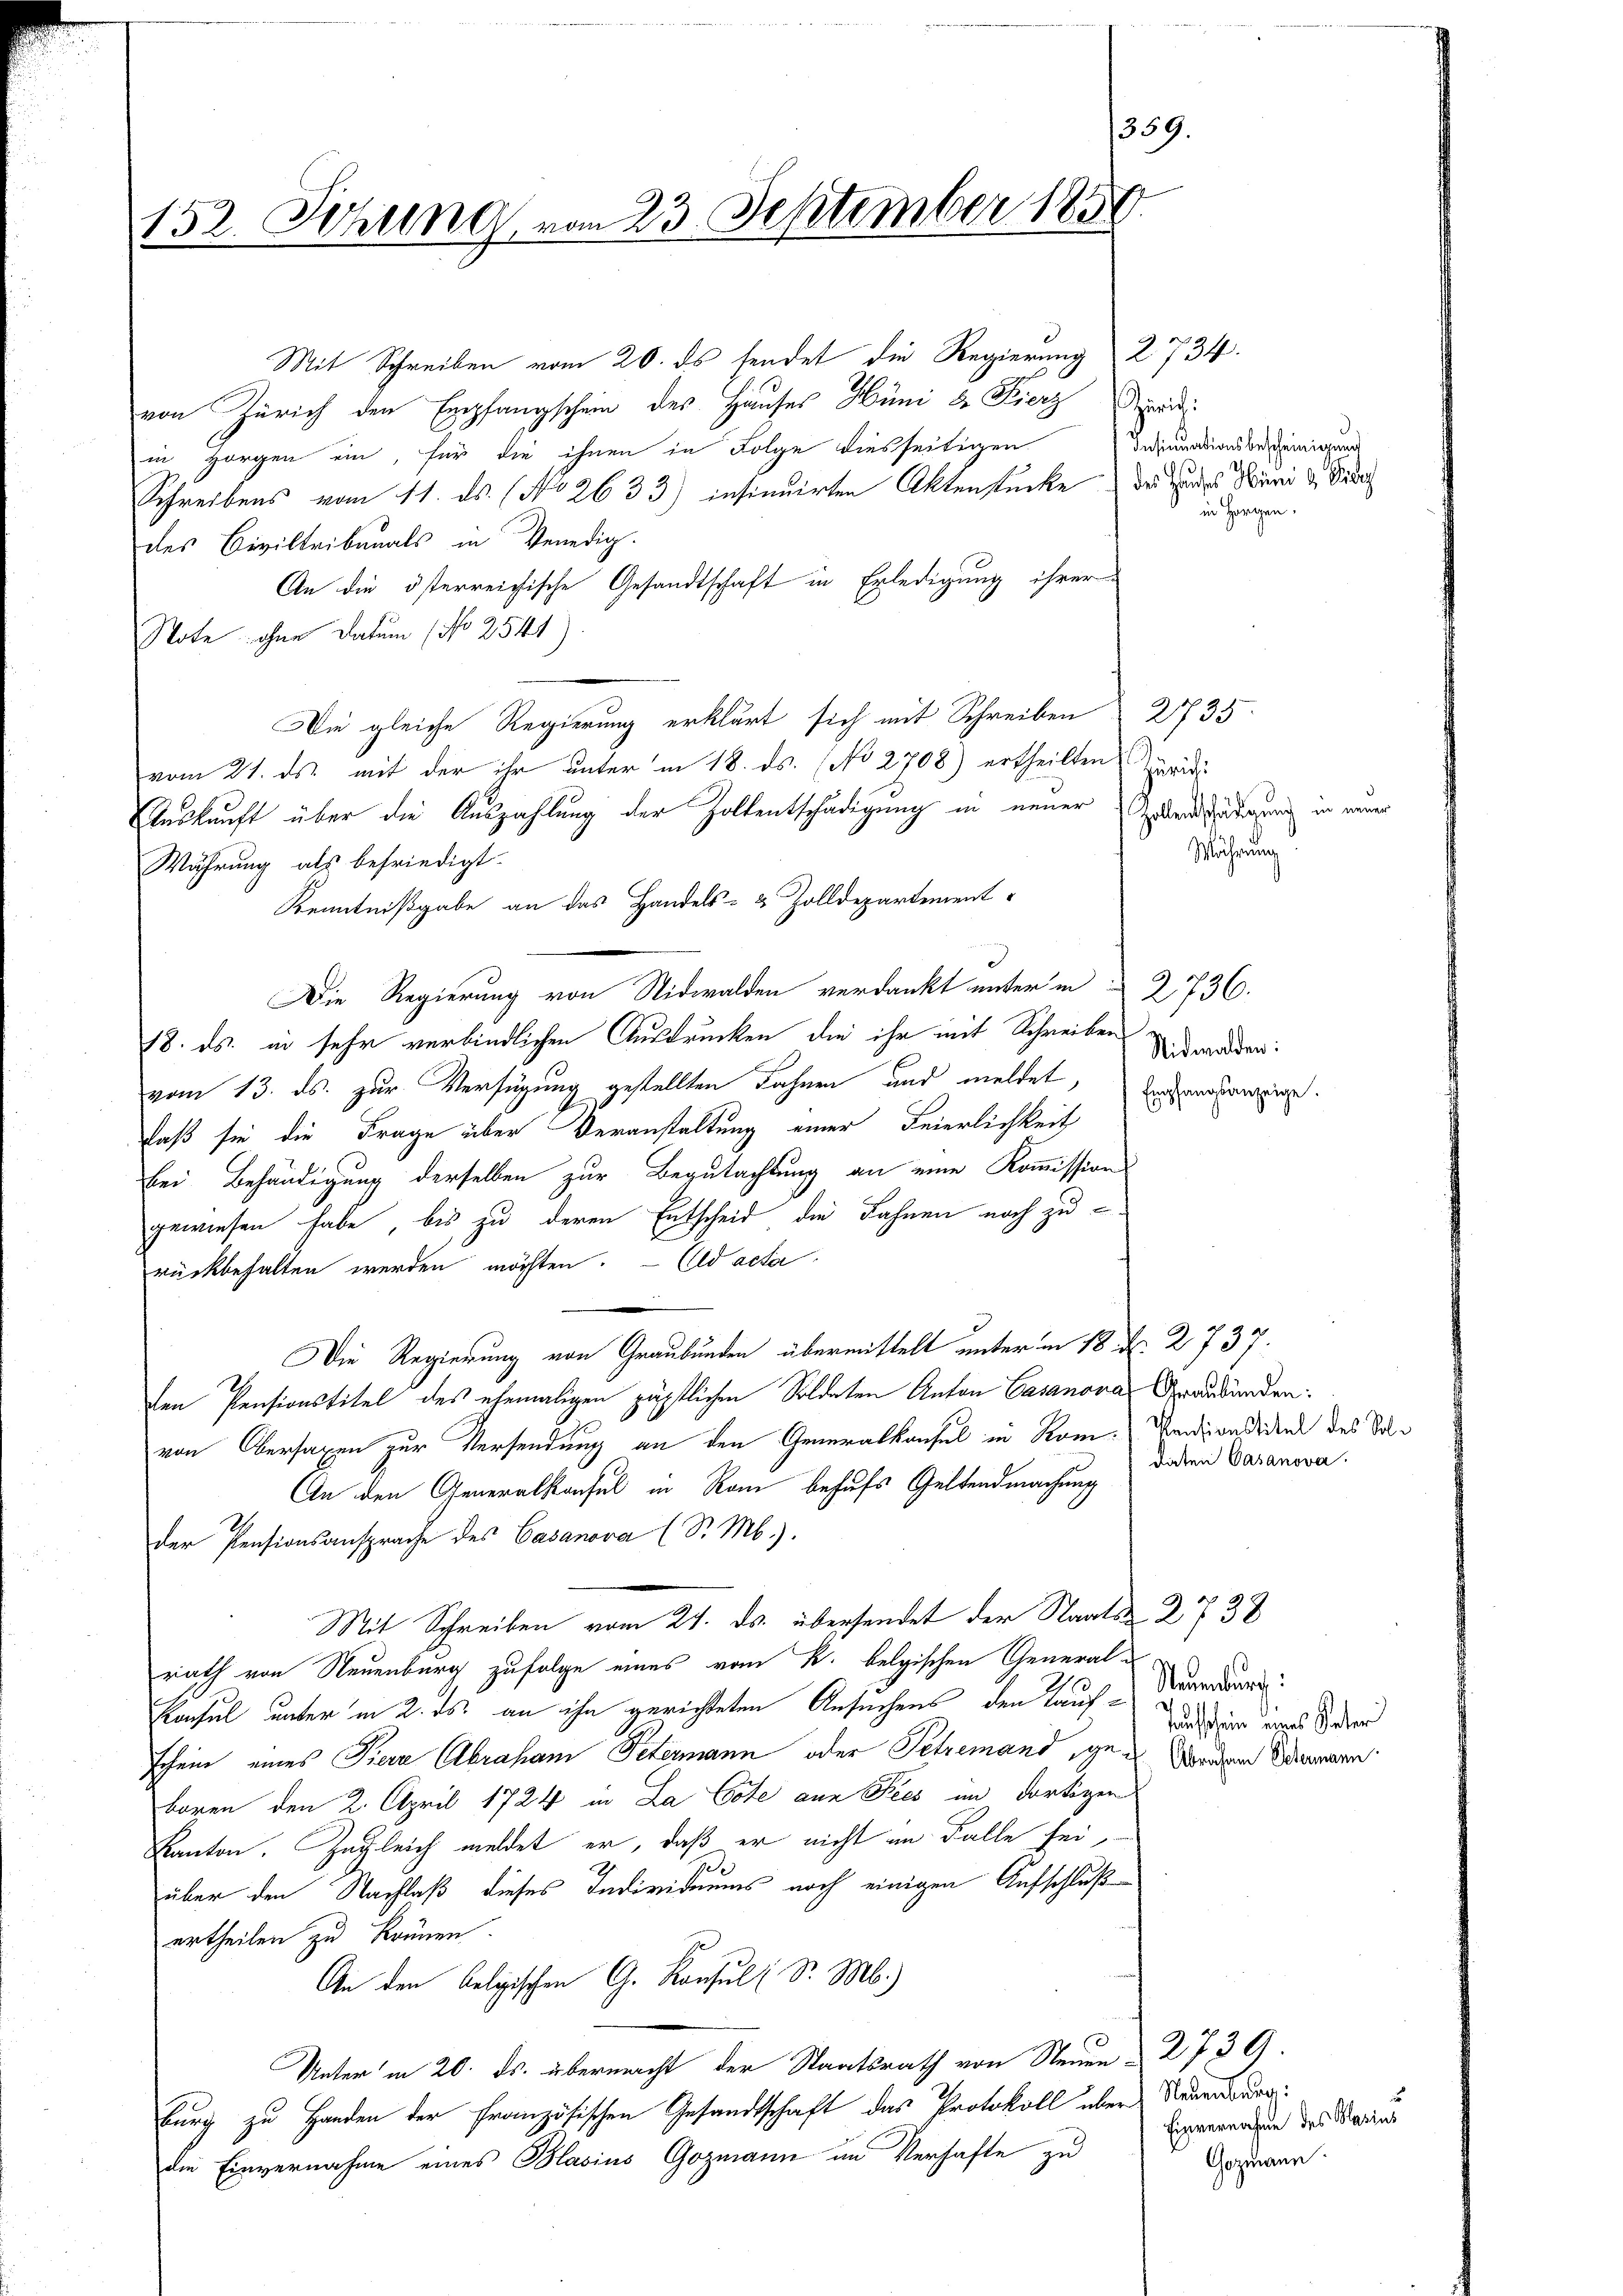
152. Setzung vom 23. September 1859.

Insinuationsbescheinigung
in Horgen.

359.

Mit Schreiben vom 20. ds sendet die Regierung 2734.
von Zürich den Empfangschein des Hauses Hüni d. Fierz erri
in Horgen ein, für die ihnen in Folge diesseitigen
Schreibens vom 11. ds. (No 2633) insinuirten Aktenstücke des des Buri u. Die
des Civiltribunals in Venedig
An die österreichische Gesandtschaft in Erledigung ihrer
Note ohne Datum (No 2541)
Die gleiche Regierung erklärt sich mit Schreiben 2735
vom 21. ds. mit der ihr unter in 18. ds. (No 2708) ertheilten Prädi
Auskunft über die Auszahlung der Zollentschädigung in neuer Widerschädigung in einer
Währung als befriedigt.
Kenntnißgabe an das Handels- & Zolldepartement
Die Regierung von Nidwalden verdankt unter in 2736.
18. ds. in sehr verbindlichen Ausdrucken die ihr mit Schreiben
vom 13. ds. zur Verfügung gestellten Fahnen und meldet, Einverhängige
daß sie die Frage über Veranstaltung einer Feierlichkeit
bei Behändigung derselben zur Begutachtung an eine Kommissions
gewiesen habe, bis zu deren Entscheid die Fahnen noch zurückbehalten werden möchten. — Ald acta
Die Regierung von Graubünden übermittelt unter im 18. d. 2737.
ten Pensionstitel des ehemaligen päpstlichen Soldaten Anton Gasanova Graubünden:
von Obersagen zur Versendung an den Generalkaufel in Rom. Kandiondirend des Vol¬
An den Generalkonsul in Rom behufs Geltendmachung
der Pensionsansprache des Casanova (S. M.).
Mit Schreiben vom 21. ds. übersendet der Staats- 2 733
rath von Neuenburg zufolge eines vom k. belgischen General-
1
Konsul unter in 2. ds. an ihn gerichteten Ansuchens den Lauf Neuerre
schein eines Tiere Abraham Petermann oder Petremand geworden Momen
boren den 2. April 1724 in La Cote ann Pees im dortigen
Kanton. Zugleich meldet er, daß er nicht im Falle sei
über den Nachlaß dieses Individuums noch einigen Aufschluß
ertheilen zu krönen.
An den belgischen G. Konsul ( Sr. M.)
Unter in 20. ds. übermacht der Staatsrath von Steuer 2739.
burg zu Handen der Französischen Gesandtschaft das Protokoll über Neuenburg
die Einvernahme eines Blasius Gozmann im Verhafte zu

Währung

Nidwalden:

daten Casanova

Jaunschein eines Vater

Einvernahme des Kasius
Gozmann.